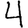
Digit: 4